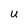
Character: U